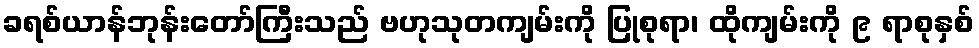
ခရစ်ယာန်ဘုန်းတော်ကြီးသည် ဗဟုသုတကျမ်းကို ပြုစုရာ၊ ထိုကျမ်းကို ၉ ရာစုနှစ်